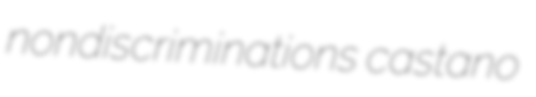
nondiscriminations castano